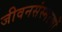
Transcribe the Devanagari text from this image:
जीवनसंस्मरणों